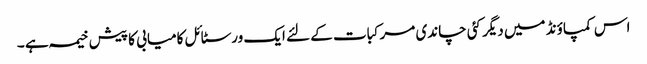
اس کمپاؤنڈ میں دیگر کئی چاندی مرکبات کے لئے ایک ورسٹائل کامیابی کا پیش خیمہ ہے ۔